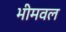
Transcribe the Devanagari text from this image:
भीमवल